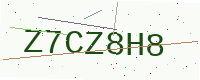
Text: Z7CZ8H8